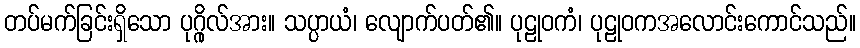
တပ်မက်ခြင်းရှိသော ပုဂ္ဂိုလ်အား။ သပ္ပာယံ၊ လျောက်ပတ်၏။ ပုဠုဝကံ၊ ပုဠုဝကအလောင်းကောင်သည်။